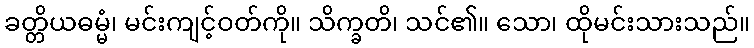
ခတ္တိယဓမ္မံ၊ မင်းကျင့်ဝတ်ကို။ သိက္ခတိ၊ သင်၏။ သော၊ ထိုမင်းသားသည်။